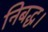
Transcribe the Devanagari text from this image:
निबद्ध।